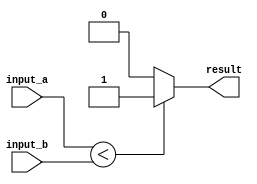
module less_than_comp (
    input [31:0] input_a, 
    input [31:0] input_b, 
    output reg result
);

always @(input_a, input_b)
begin
    if (input_a < input_b)
        result <= 1;
    else
        result <= 0;
end

endmodule